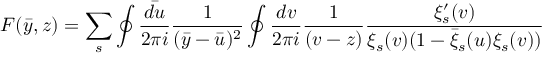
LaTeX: F ( \bar { y } , z ) = \sum _ { s } \oint \frac { \bar { d u } } { 2 \pi i } \frac { 1 } { ( \bar { y } - \bar { u } ) ^ { 2 } } \oint \frac { d v } { 2 \pi i } \frac { 1 } { ( v - z ) } \frac { \xi _ { s } ^ { \prime } ( v ) } { \xi _ { s } ( v ) ( 1 - \bar { \xi } _ { s } ( u ) \xi _ { s } ( v ) ) }